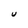
Character: U